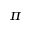
\pi